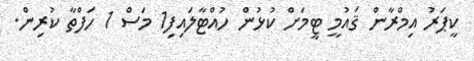
ކީޕަރު އިމްރާން ޤައުމީ ޓީމަށް ކުޅުން ހުއްޓާލައިފި1 މަސް 1 ހަފްތާ ކުރިން.